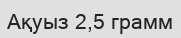
Ақуыз 2,5 грамм